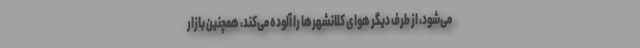
می‌شود، از طرف دیگر هوای کلانشهرها را آلوده می‌کند، همچنین بازار